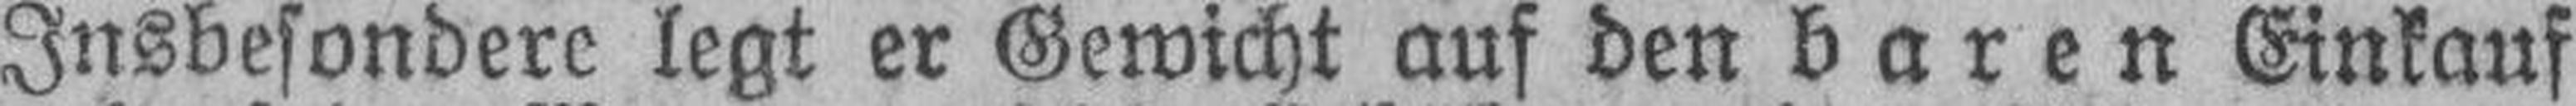
Insbesondere legt er Gewicht auf den baren Einkauf